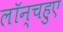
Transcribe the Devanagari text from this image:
लॉन्चहुए